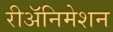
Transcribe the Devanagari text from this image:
रीअॅनिमेशन